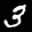
Label: 3